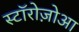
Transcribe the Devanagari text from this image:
स्टॉरोज़ोआ